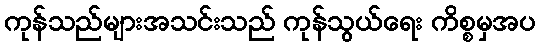
ကုန်သည်များအသင်းသည် ကုန်သွယ်ရေး ကိစ္စမှအပ